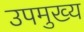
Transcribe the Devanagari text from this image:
उपमुख्य